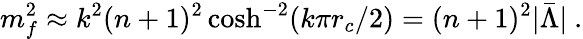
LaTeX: m_{f}^{2}\approx k^{2}(n+1)^{2}\cosh^{-2}(k\pi r_{c}/2)=(n+1)^{2}|\bar{\Lambda}|\ .